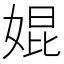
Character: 婫